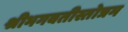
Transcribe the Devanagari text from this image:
श्रीभगवतीस्तोत्रम